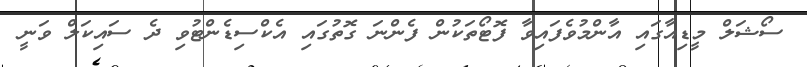
ސޯޝަލް މީޑިއާގައި އާންމުވެފައިވާ ފޮޓޯތަކުން ފެންނަ ގޮތުގައި އެކްސިޑެންޓުވި ދެ ސައިކަލް ވަނީ